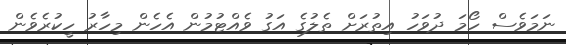
ނަމަވެސް ހޯމަ ދުވަހު އިތުރަށް ތެލުގެ އަގު ވެއްޓުމުން އެހެން މިހާރު ހީކުރެވެން